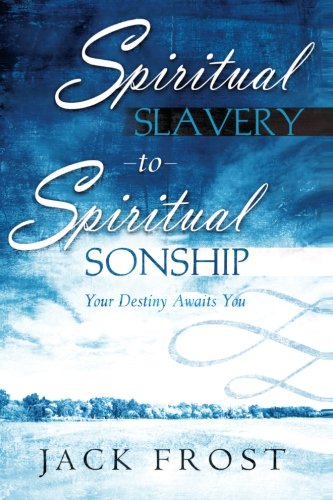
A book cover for Spiritual Slavery to Spiritual Sonship: Your Destiny Awaits You; Trisha Frost; Christian Books & Bibles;